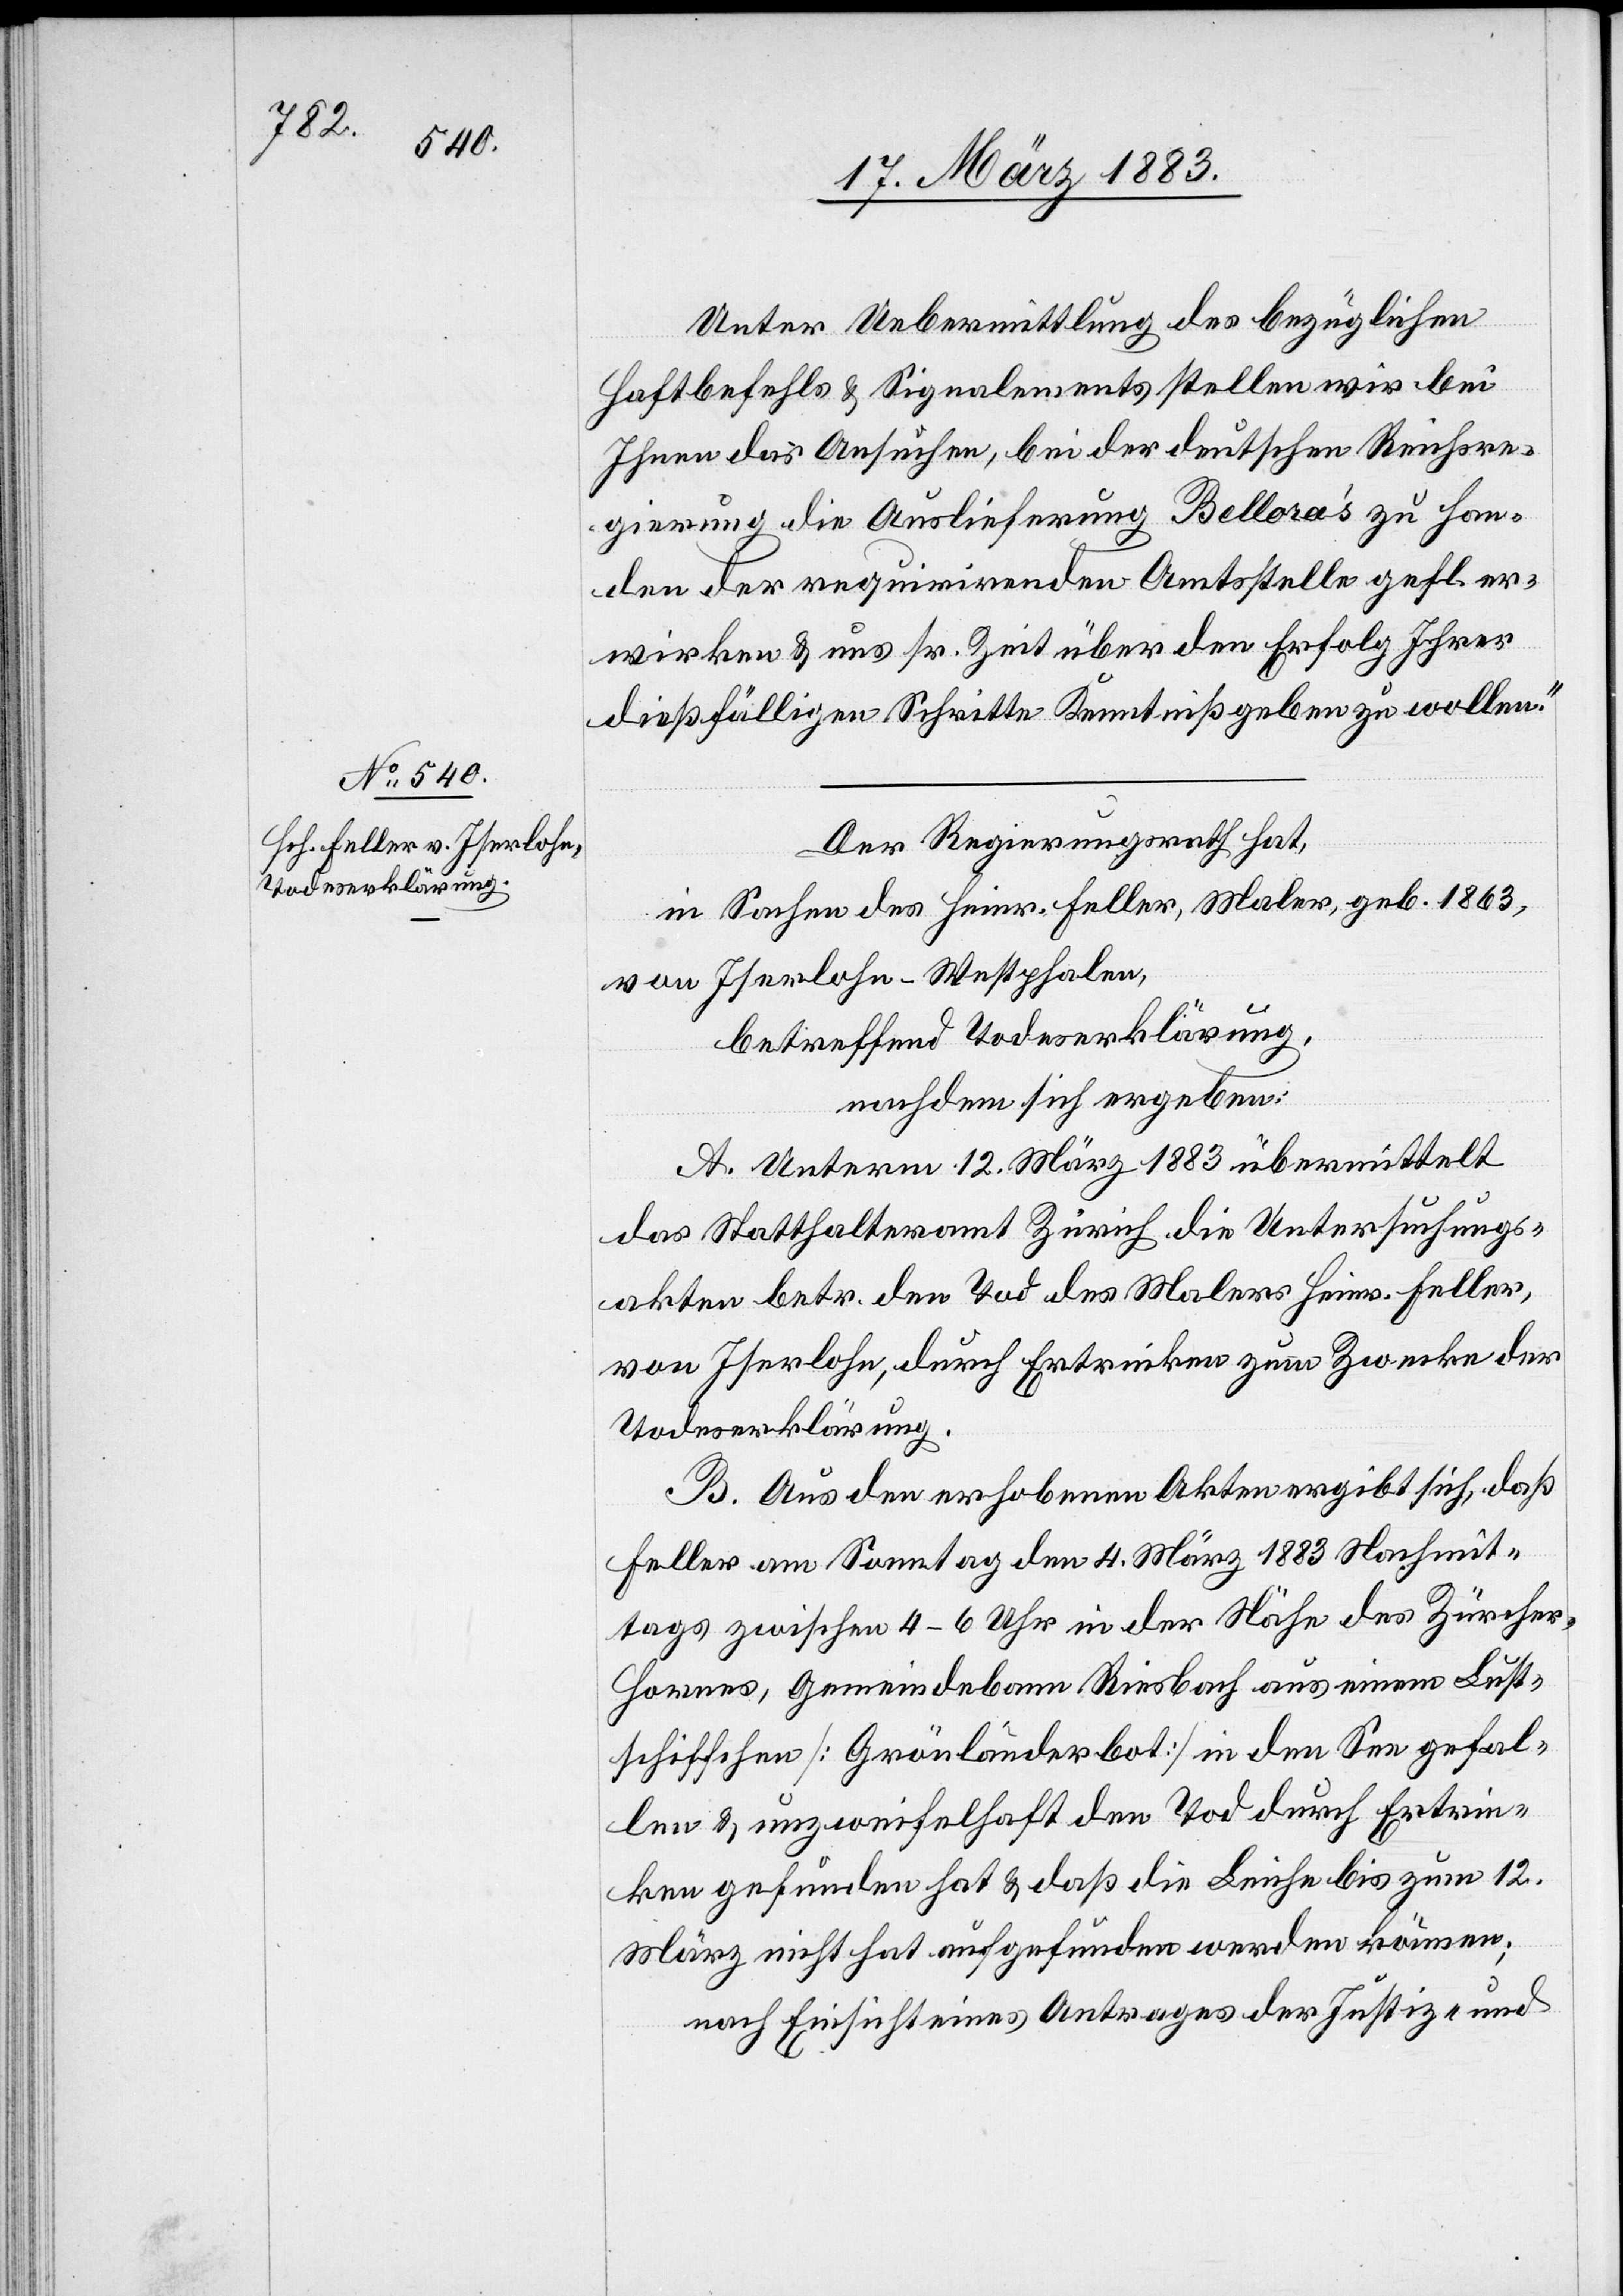
Unter Uebermittlung des bezüglichen
Haftbefehls & Signalements stellen wir bei
Ihnen das Ansuchen, bei der deutschen Reichsre¬
gierung die Auslieferung Belloraʼs zu Han¬
den der requirirenden Amtsstelle gefl. er¬
wirken & uns sr. Zeit über den Erfolg Ihrer
dießfälligen Schritte Kenntniß geben zu wollen.“
Der Regierungsrath hat,
in Sachen des Heinr. Feller, Maler, geb. 1863,
von Iserlohn - Westphalen,
betreffend Todeserklärung,
nachdem sich ergeben:
A. Unterm 12. März 1883 übermittelt
das Statthalteramt Zürich die Untersuchungs¬
akten betr. den Tod des Malers Heinr. Feller,
von Iserlohn, durch Ertrinken zum Zwecke der
Todeserklärung.
B. Aus den erhobenen Akten ergibt sich, daß
Feller am Sonntag den 4. März 1883 Nachmit¬
tags zwischen 4–6 Uhr in der Nähe des Zürche¬
r-Hornes, Gemeindebann Riesbach aus einem Lust¬
schiffchen [Grönländerbot] in den See gefal¬
len & unzweifelhaft den Tod durch Ertrin¬
ken gefunden hat & daß die Leiche bis zum 12.
März nicht hat aufgefunden werden können;
nach Einsicht eines Antrages der Justiz- und